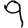
Digit: 9